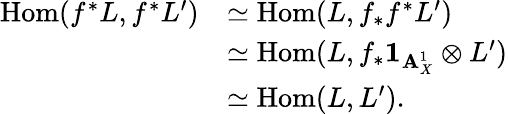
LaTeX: \begin{array}{rl}{\mathrm{Hom}(f^{*}L,f^{*}L^{\prime})}&{\simeq\mathrm{Hom}(L,f_{*}f^{*}L^{\prime})}\\ &{\simeq\mathrm{Hom}(L,f_{*}\mathbf{1}_{\mathbf{A}_{X}^{1}}\otimes L^{\prime})}\\ &{\simeq\mathrm{Hom}(L,L^{\prime}).}\end{array}